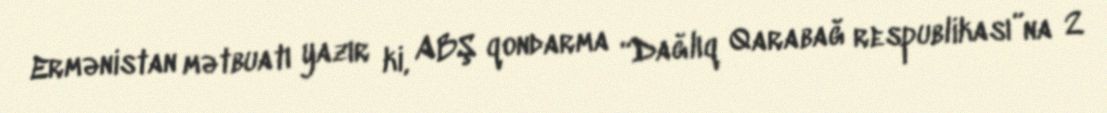
Ermənistan mətbuatı yazır ki, ABŞ qondarma “Dağlıq Qarabağ respublikası”na 2